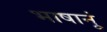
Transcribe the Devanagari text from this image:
भाषानूं